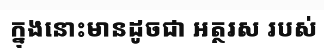
ក្នុងនោះមានដូចជា អត្ថរស របស់